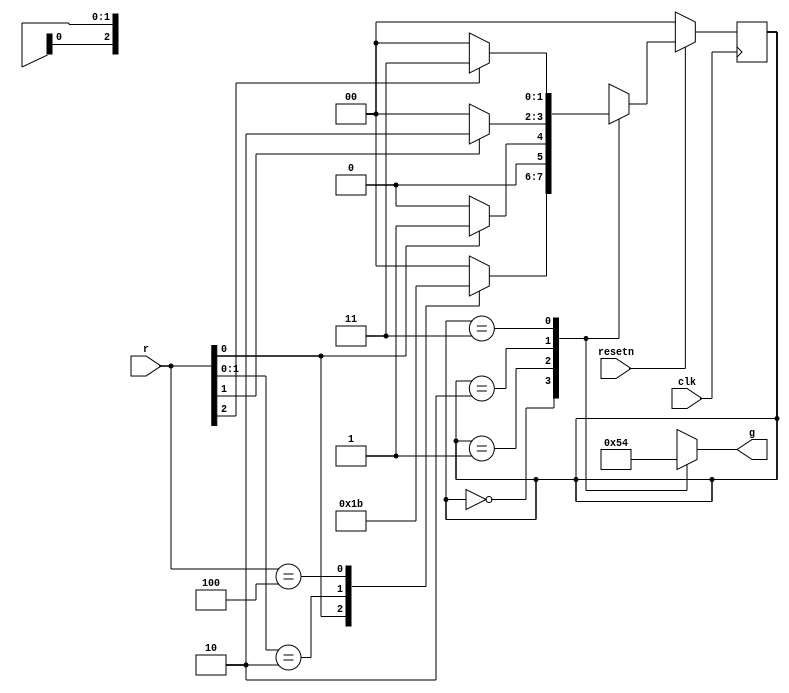
module top_module (
    input clk,
    input resetn,    // active-low synchronous reset
    input [3:1] r,   // request
    output reg [3:1] g   // grant
); 
    localparam A = 0,B=1,C=2,D=3;
    reg [1:0] state, next;

    always @(*) begin
        case(state)
            A : begin
                casez(r)
                    3'bzz1 : next = B;
                    3'bz10 : next = C;
                    3'b100 : next = D;
                    default : next = A;
                endcase
            end
            B : next = r[1] ? B : A;
            C : next = r[2] ? C : A;
            D : next = r[3] ? D : A;
        endcase
    end
    always @(posedge clk) begin
        if(!resetn)state<=A;
        else state<=next;
    end
    always @(*) begin
        case(state)
            A : g = 3'b000;
            B : g = 3'b001;
            C : g = 3'b010;
            D : g = 3'b100;
        endcase
    end
endmodule